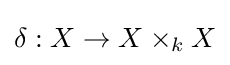
\delta :X\to X\times _{k}X